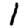
Digit: 1